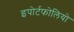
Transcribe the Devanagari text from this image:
इपोर्टफोलियो